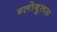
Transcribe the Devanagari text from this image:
ग्लोबुलस